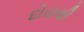
દોરાથી